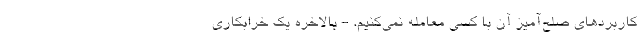
کاربردهای صلح‌آمیز آن با کسی معامله نمی‌کنیم. - بالاخره یک خرابکاری